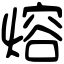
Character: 熔